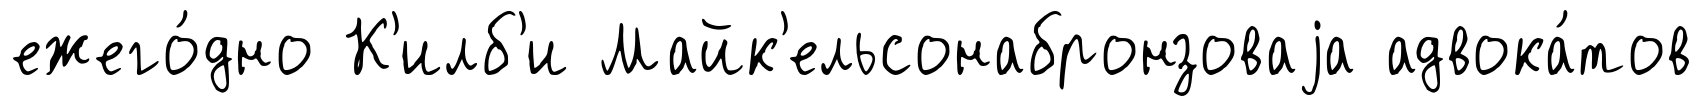
ежего́дно К'илб'и Майк'ельсонабронзоваjа адвока́тов